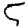
Digit: 5